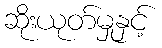
ဆိုးယုတ်မှုနှင့်